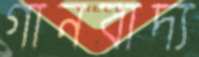
গানবাদ্য